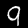
Digit: 9